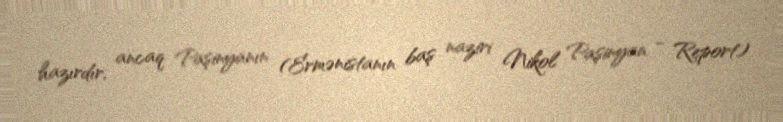
hazırdır, ancaq Paşinyanın (Ermənistanın baş naziri Nikol Paşinyan - Report)